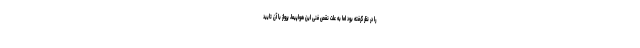
را در نظر گرفته بود اما به علت نقص فنی این هواپیما، پرواز با آن تایید